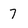
Character: 7